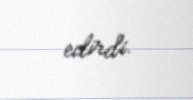
edirdi.